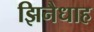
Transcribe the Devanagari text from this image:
झिनैधाह